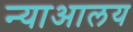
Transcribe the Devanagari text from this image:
न्याआलय